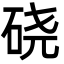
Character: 硗